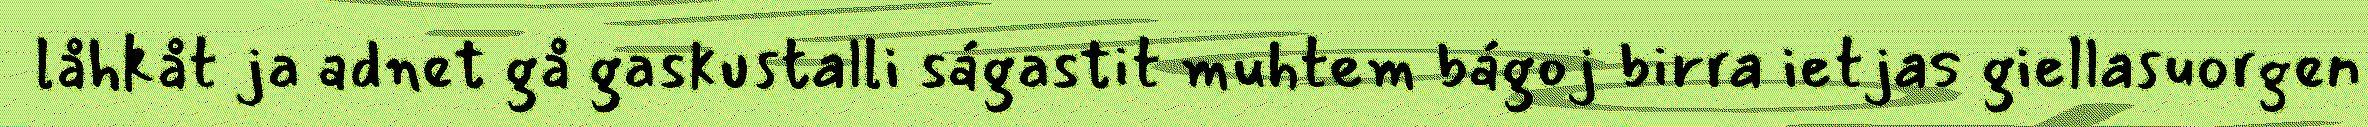
låhkåt ja adnet gå gaskustalli ságastit muhtem bágoj birra ietjas giellasuorgen